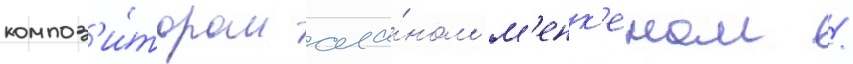
композ'и́тором ала́ном м'енк'еном /